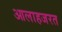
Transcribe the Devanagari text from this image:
आलाहजरत